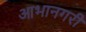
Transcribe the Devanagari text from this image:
आभानगरी